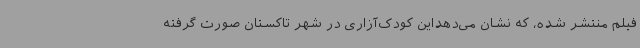
فیلم منتشر شده، که نشان می‌دهداین کودک‌آزاری در شهر تاکستان صورت گرفته